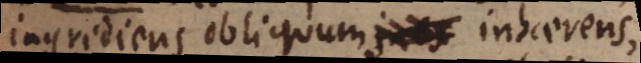
ingrediens obliquum, ines inhaerens,